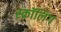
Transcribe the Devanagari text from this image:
स्क्रॉलिंग